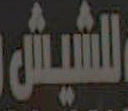
للشيش